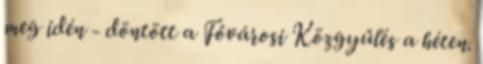
meg idén - döntött a Fővárosi Közgyűlés a héten.